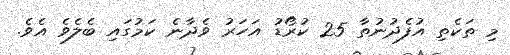
މި ތަކެތި އުފެދުނުތާ 25 ކުރޯޑު އަހަރު ވެދާނެ ކަމުގައި ބެލެވެ އެވެ.